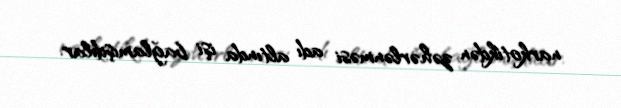
narkotikdən zəhərlənməsi adı altında işi bağlamışdılar.